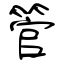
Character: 管